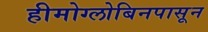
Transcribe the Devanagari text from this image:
हीमोग्लोबिनपासून